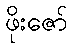
ဖိုးဇော်